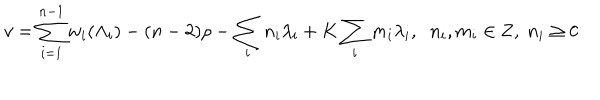
v = \sum _ { i = 1 } ^ { n - 1 } w _ { i } ( \Lambda _ { i } ) - ( n - 2 ) \rho - \sum _ { i } n _ { i } \lambda _ { i } + K \sum _ { i } m _ { i } \lambda _ { i } , \; \; n _ { i } , m _ { i } \in { \bf Z } , \; n _ { i } \geq 0